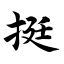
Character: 挺